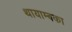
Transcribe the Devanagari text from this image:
थायाम्बका